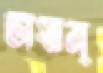
ভাস্বান্‌